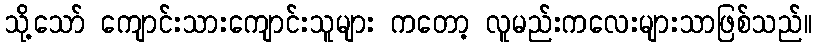
သို့သော် ကျောင်းသားကျောင်းသူများ ကတော့ လူမည်းကလေးများသာဖြစ်သည်။